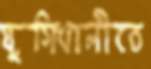
যুগিখালীতে